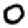
Digit: 0